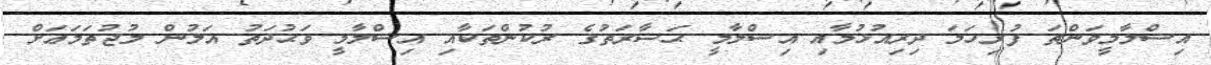
އިސްލާމީވަންތަ ފުރިހަމަ ދިރިއުޅުމާއި އިސްލާމީ ޙަޟާރަތުގެ ރުކުންތަކާއި އިސްލާމީ ވަޙުދަތު އަލުން މުޖުތަމަޢަށް